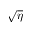
\sqrt { \eta }